Vaccination in Bombay 1874-1876 - 1874-1876
Year: 1874
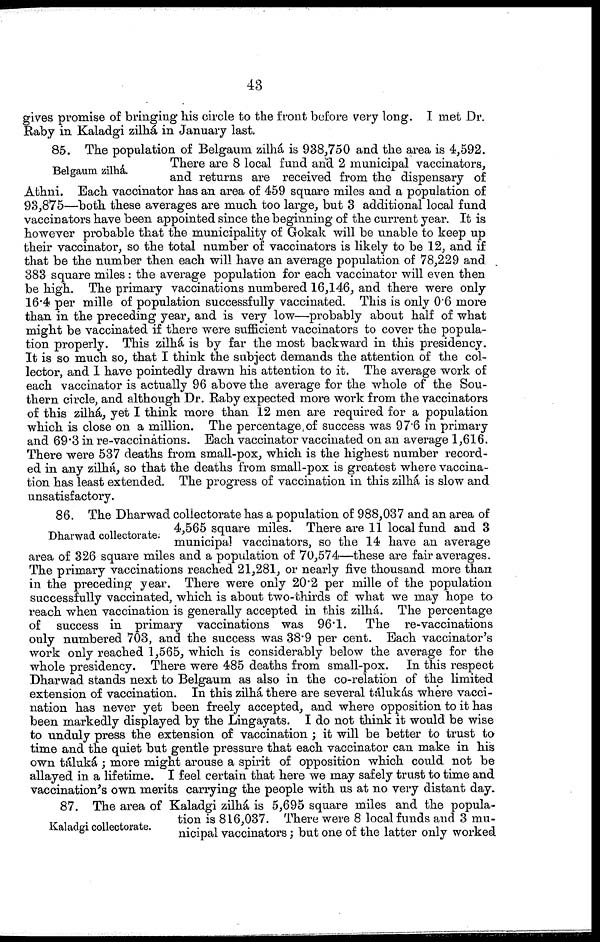
43
gives promise of bringing his circle to the front before very long. I met Dr.
Raby in Kaladgi zilhá in January last.
Belgaum zilhá.
85. The population of Belgaum zilhá is 938,750 and the area is 4,592.
There are 8 local fund and 2 municipal vaccinators,
and returns are received from the dispensary of
Athni. Each vaccinator has an area of 459 square miles and a population of
93,875—both these averages are much too large, but 3 additional local fund
vaccinators have been appointed since the beginning of the current year. It is
however probable that the municipality of Gokak will be unable to keep up
their vaccinator, so the total number of vaccinators is likely to be 12, and if
that be the number then each will have an average population of 78,229 and
383 square miles : the average population for each vaccinator will even then
be high. The primary vaccinations numbered 16,146, and there were only
16.4 per mille of population successfully vaccinated. This is only 0.6 more
than in the preceding year, and is very low—probably about half of what
might be vaccinated if there were sufficient vaccinators to cover the popula-
tion properly. This zilhá is by far the most backward in this presidency.
It is so much so, that I think the subject demands the attention of the col-
lector, and I have pointedly drawn his attention to it. The average work of
each vaccinator is actually 96 above the average for the whole of the Sou-
thern circle, and although Dr. Raby expected more work from the vaccinators
of this zilhá, yet I think more than 12 men are required for a population
which is close on a million. The percentage, of success was 97.6 in primary
and 69.3 in re-vaccinations. Each vaccinator vaccinated on an average 1,616.
There were 537 deaths from small-pox, which is the highest number record-
ed in any zilhá, so that the deaths from small-pox is greatest where vaccina-
tion has least extended. The progress of vaccination in this zilhá is slow and
unsatisfactory.
Dharwad collectorate.
86. The Dharwad collectorate has a population of 988,037 and an area of
4,565 square miles. There are 11 local fund and 3
municipal vaccinators, so the 14 have an average
area of 326 square miles and a population of 70,574—these are fair averages.
The primary vaccinations reached 21,281, or nearly five thousand more than
in the preceding year. There were only 20.2 per mille of the population
successfully vaccinated, which is about two-thirds of what we may hope to
reach when vaccination is generally accepted in this zilhá. The percentage
of success in primary vaccinations was 96.1. The re-vaccinations
only numbered 703, and the success was 38.9 per cent. Each vaccinator's
work only reached 1,565, which is considerably below the average for the
whole presidency. There were 485 deaths from small-pox. In this respect
Dharwad stands next to Belgaum as also in the co-relation of the limited
extension of vaccination. In this zilhá there are several tálukás where vacci-
nation has never yet been freely accepted, and where opposition to it has
been markedly displayed by the Lingayats. I do not think it would be wise
to unduly press the extension of vaccination ; it will be better to trust to
time and the quiet but gentle pressure that each vaccinator can make in his
own táluká ; more might arouse a spirit of opposition which could not be
allayed in a lifetime. I feel certain that here we may safely trust to time and
vaccination's own merits carrying the people with us at no very distant day.
Kaladgi collectorate.
87. The area of Kaladgi zilhá is 5,695 square miles and the popula-
tion is 816,037. There were 8 local funds and 3 mu-
nicipal vaccinators; but one of the latter only worked